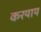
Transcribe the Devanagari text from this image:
करयाय